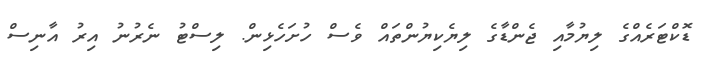
ޑޮކްޓަރެއްގެ ލިޔުމާއި ޖެންޑާގެ ލިޔެކިޔުންތައް ވެސް ހުށަހެޅިން. ލިސްޓު ނެރުނު އިރު އާނިސް